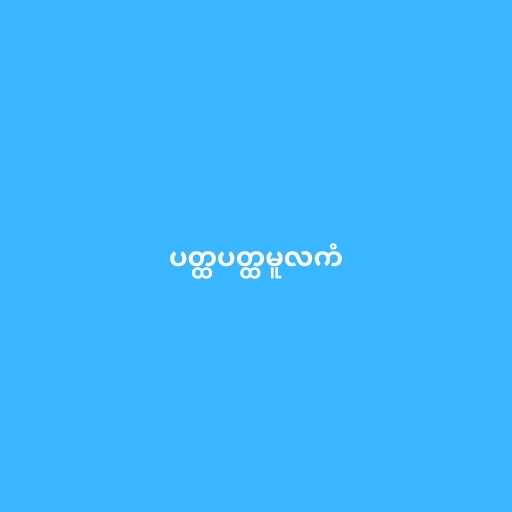
ပတ္ထပတ္ထမူလကံ